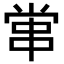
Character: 𡮕